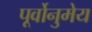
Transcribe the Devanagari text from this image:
पूर्वोनुमेय